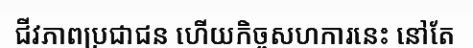
ជីវភាពប្រជាជន ហើយកិច្ចសហការនេះ នៅតែ